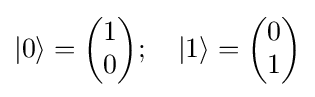
|0\rangle ={\begin{pmatrix}1\\0\end{pmatrix}};\quad |1\rangle ={\begin{pmatrix}0\\1\end{pmatrix}}